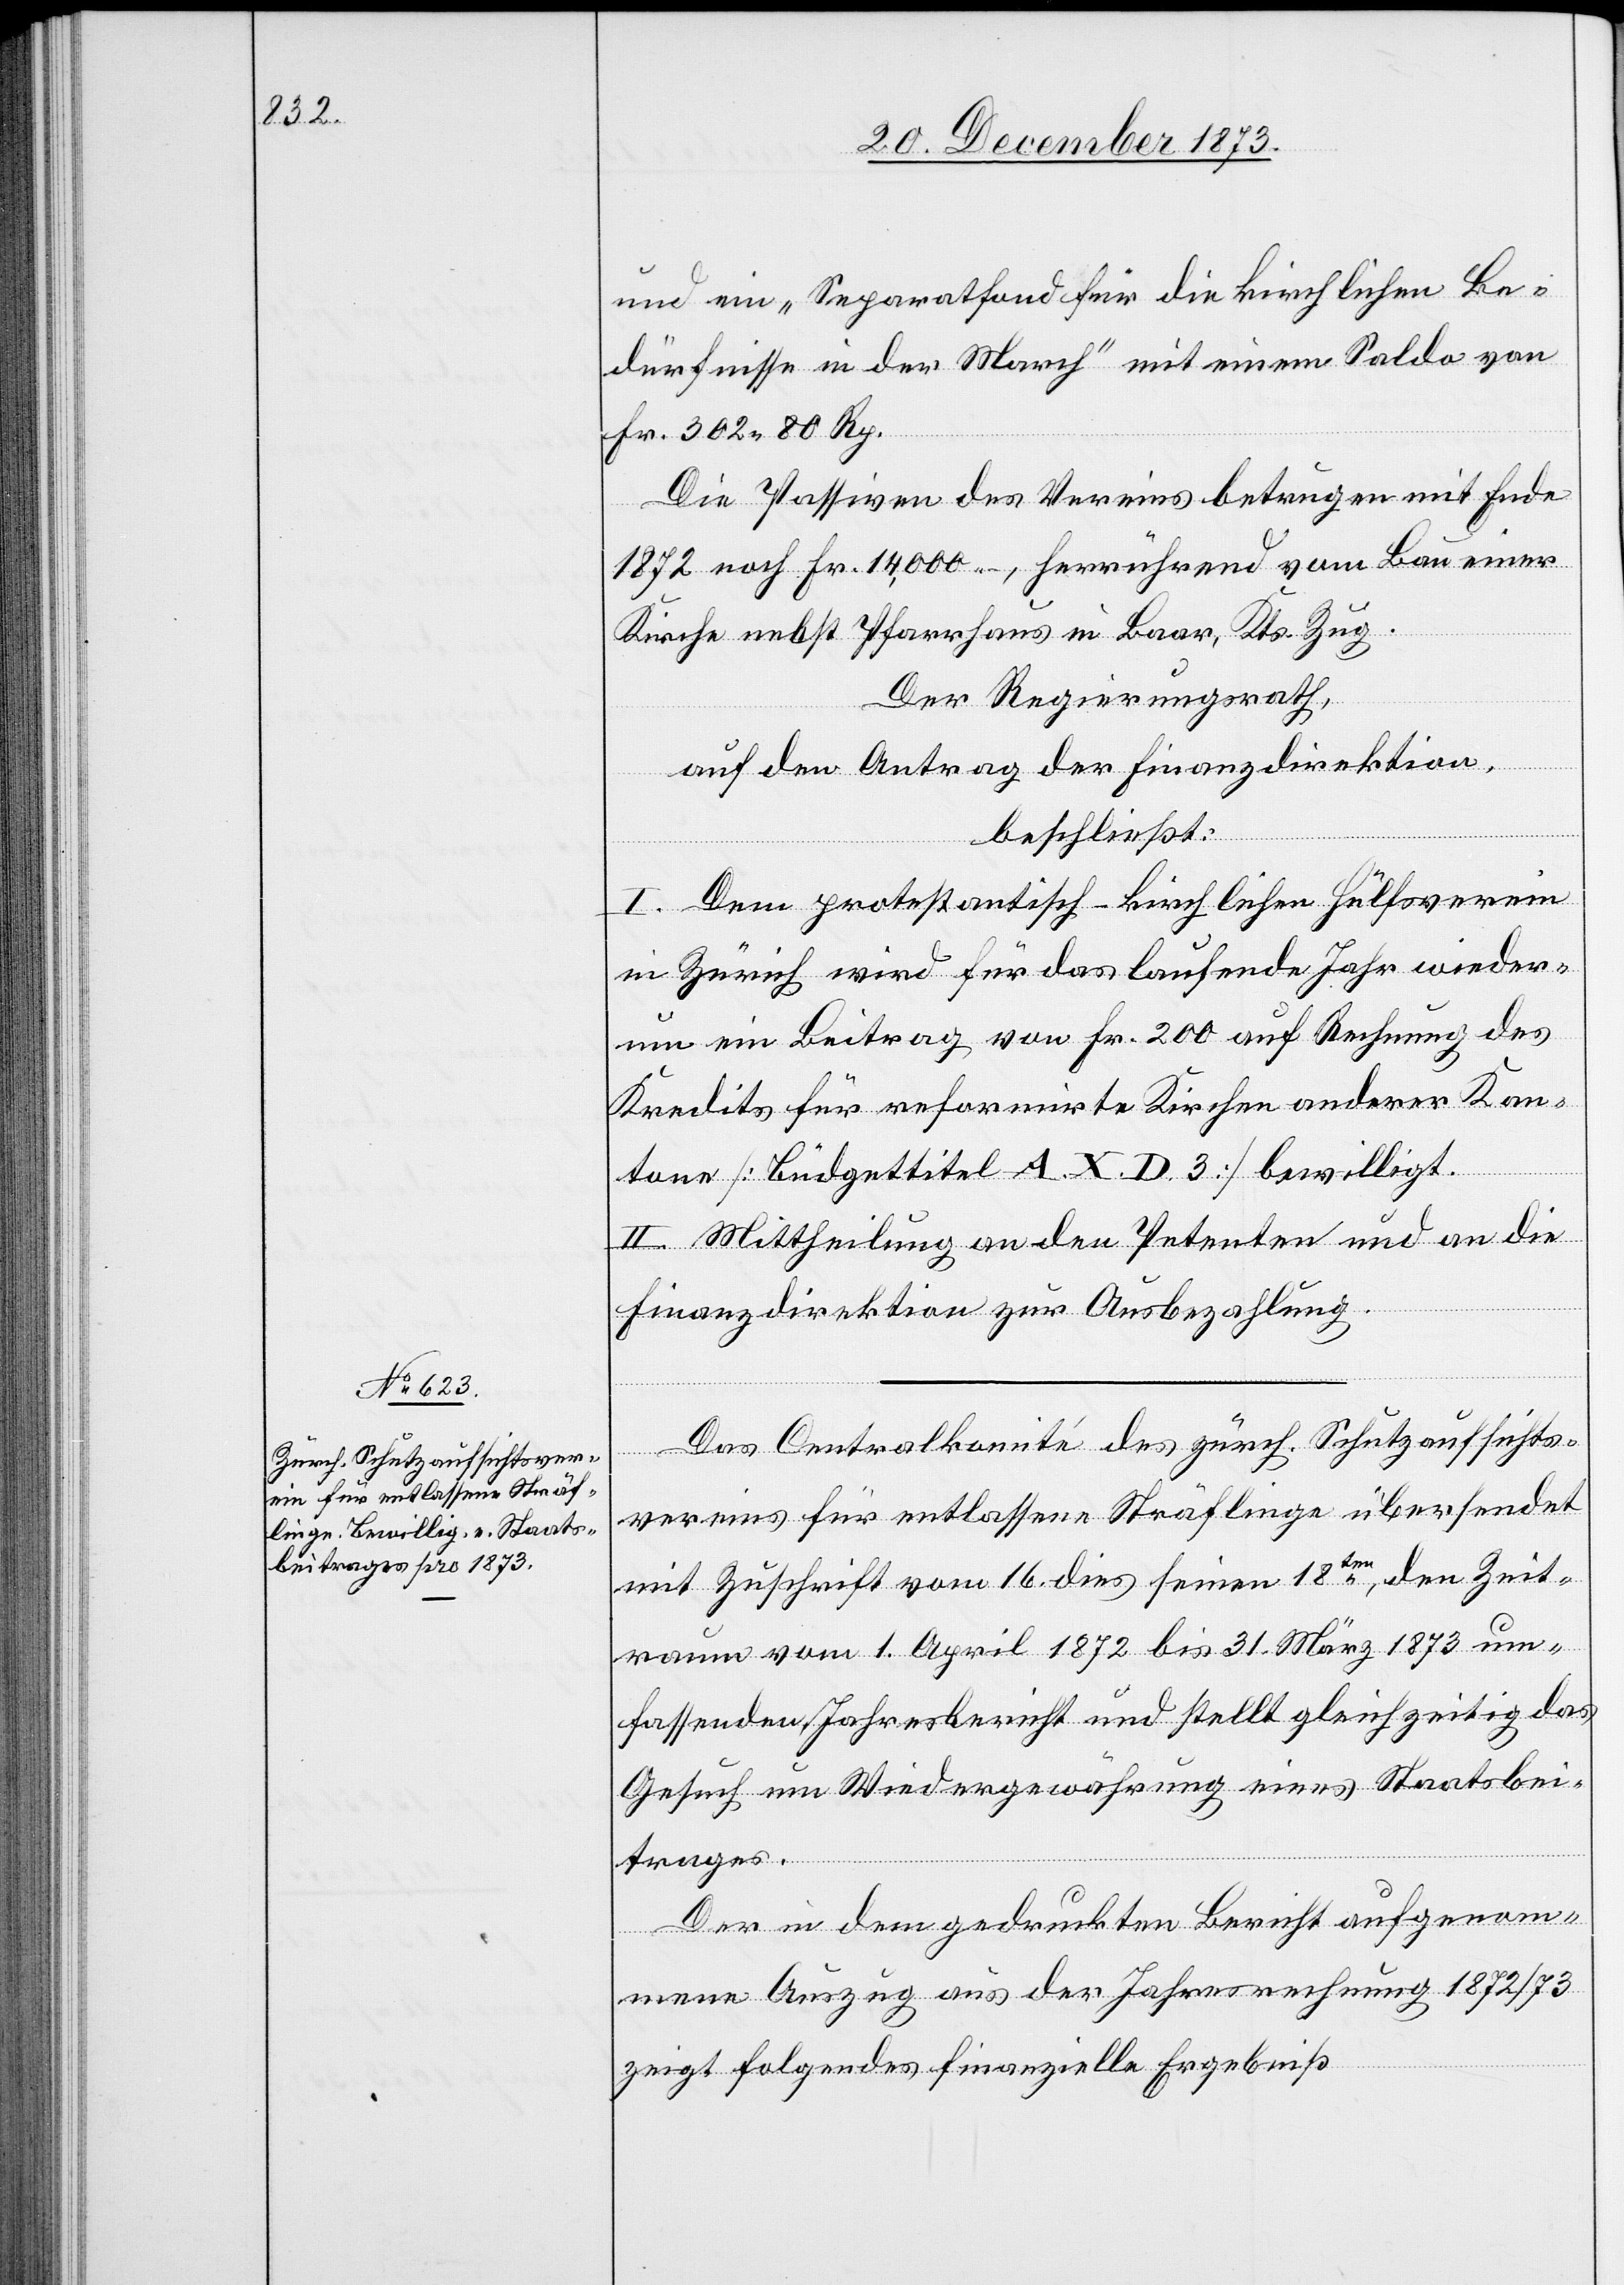
und ein „Separatfond für die kirchlichen Be¬
dürfnisse in der March“ mit einem Saldo von
Fr. 302 80 Rp.
Die Passiven des Vereins betrugen mit Ende
1872 noch Fr. 14,000 –, herrührend vom Bau einer
Kirche nebst Pfarrhaus in Baar, Kts. Zug.
Der Regierungsrath,
auf den Antrag der Finanzdirektion,
beschließt:
I. Dem protestantisch-kirchlichen Hülfsverein
in Zürich wird für das laufende Jahr wieder¬
um ein Beitrag von Fr. 200 auf Rechnung des
Kredits für reformirte Kirchen anderer Kan¬
tone [Büdgettitel A. X. D. 3] bewilligt.
II. Mittheilung an den Petenten und an die
Finanzdirektion zur Ausbezahlung.
Das Centralkomité des zürch. Schutzaufsichts¬
vereins für entlassene Sträflinge übersendet
mit Zuschrift vom 16. dies seinen 18ten, den Zeit¬
raum vom 1. April 1872 bis 31. März 1873 um¬
fassenden Jahresbericht und stellt gleichzeitig das
Gesuch um Wiedergewährung eines Staatsbei¬
trages.
Der in dem gedruckten Bericht aufgenom¬
mene Auszug aus der Jahresrechnung 1872/73
zeigt folgendes finanzielle Ergebniß